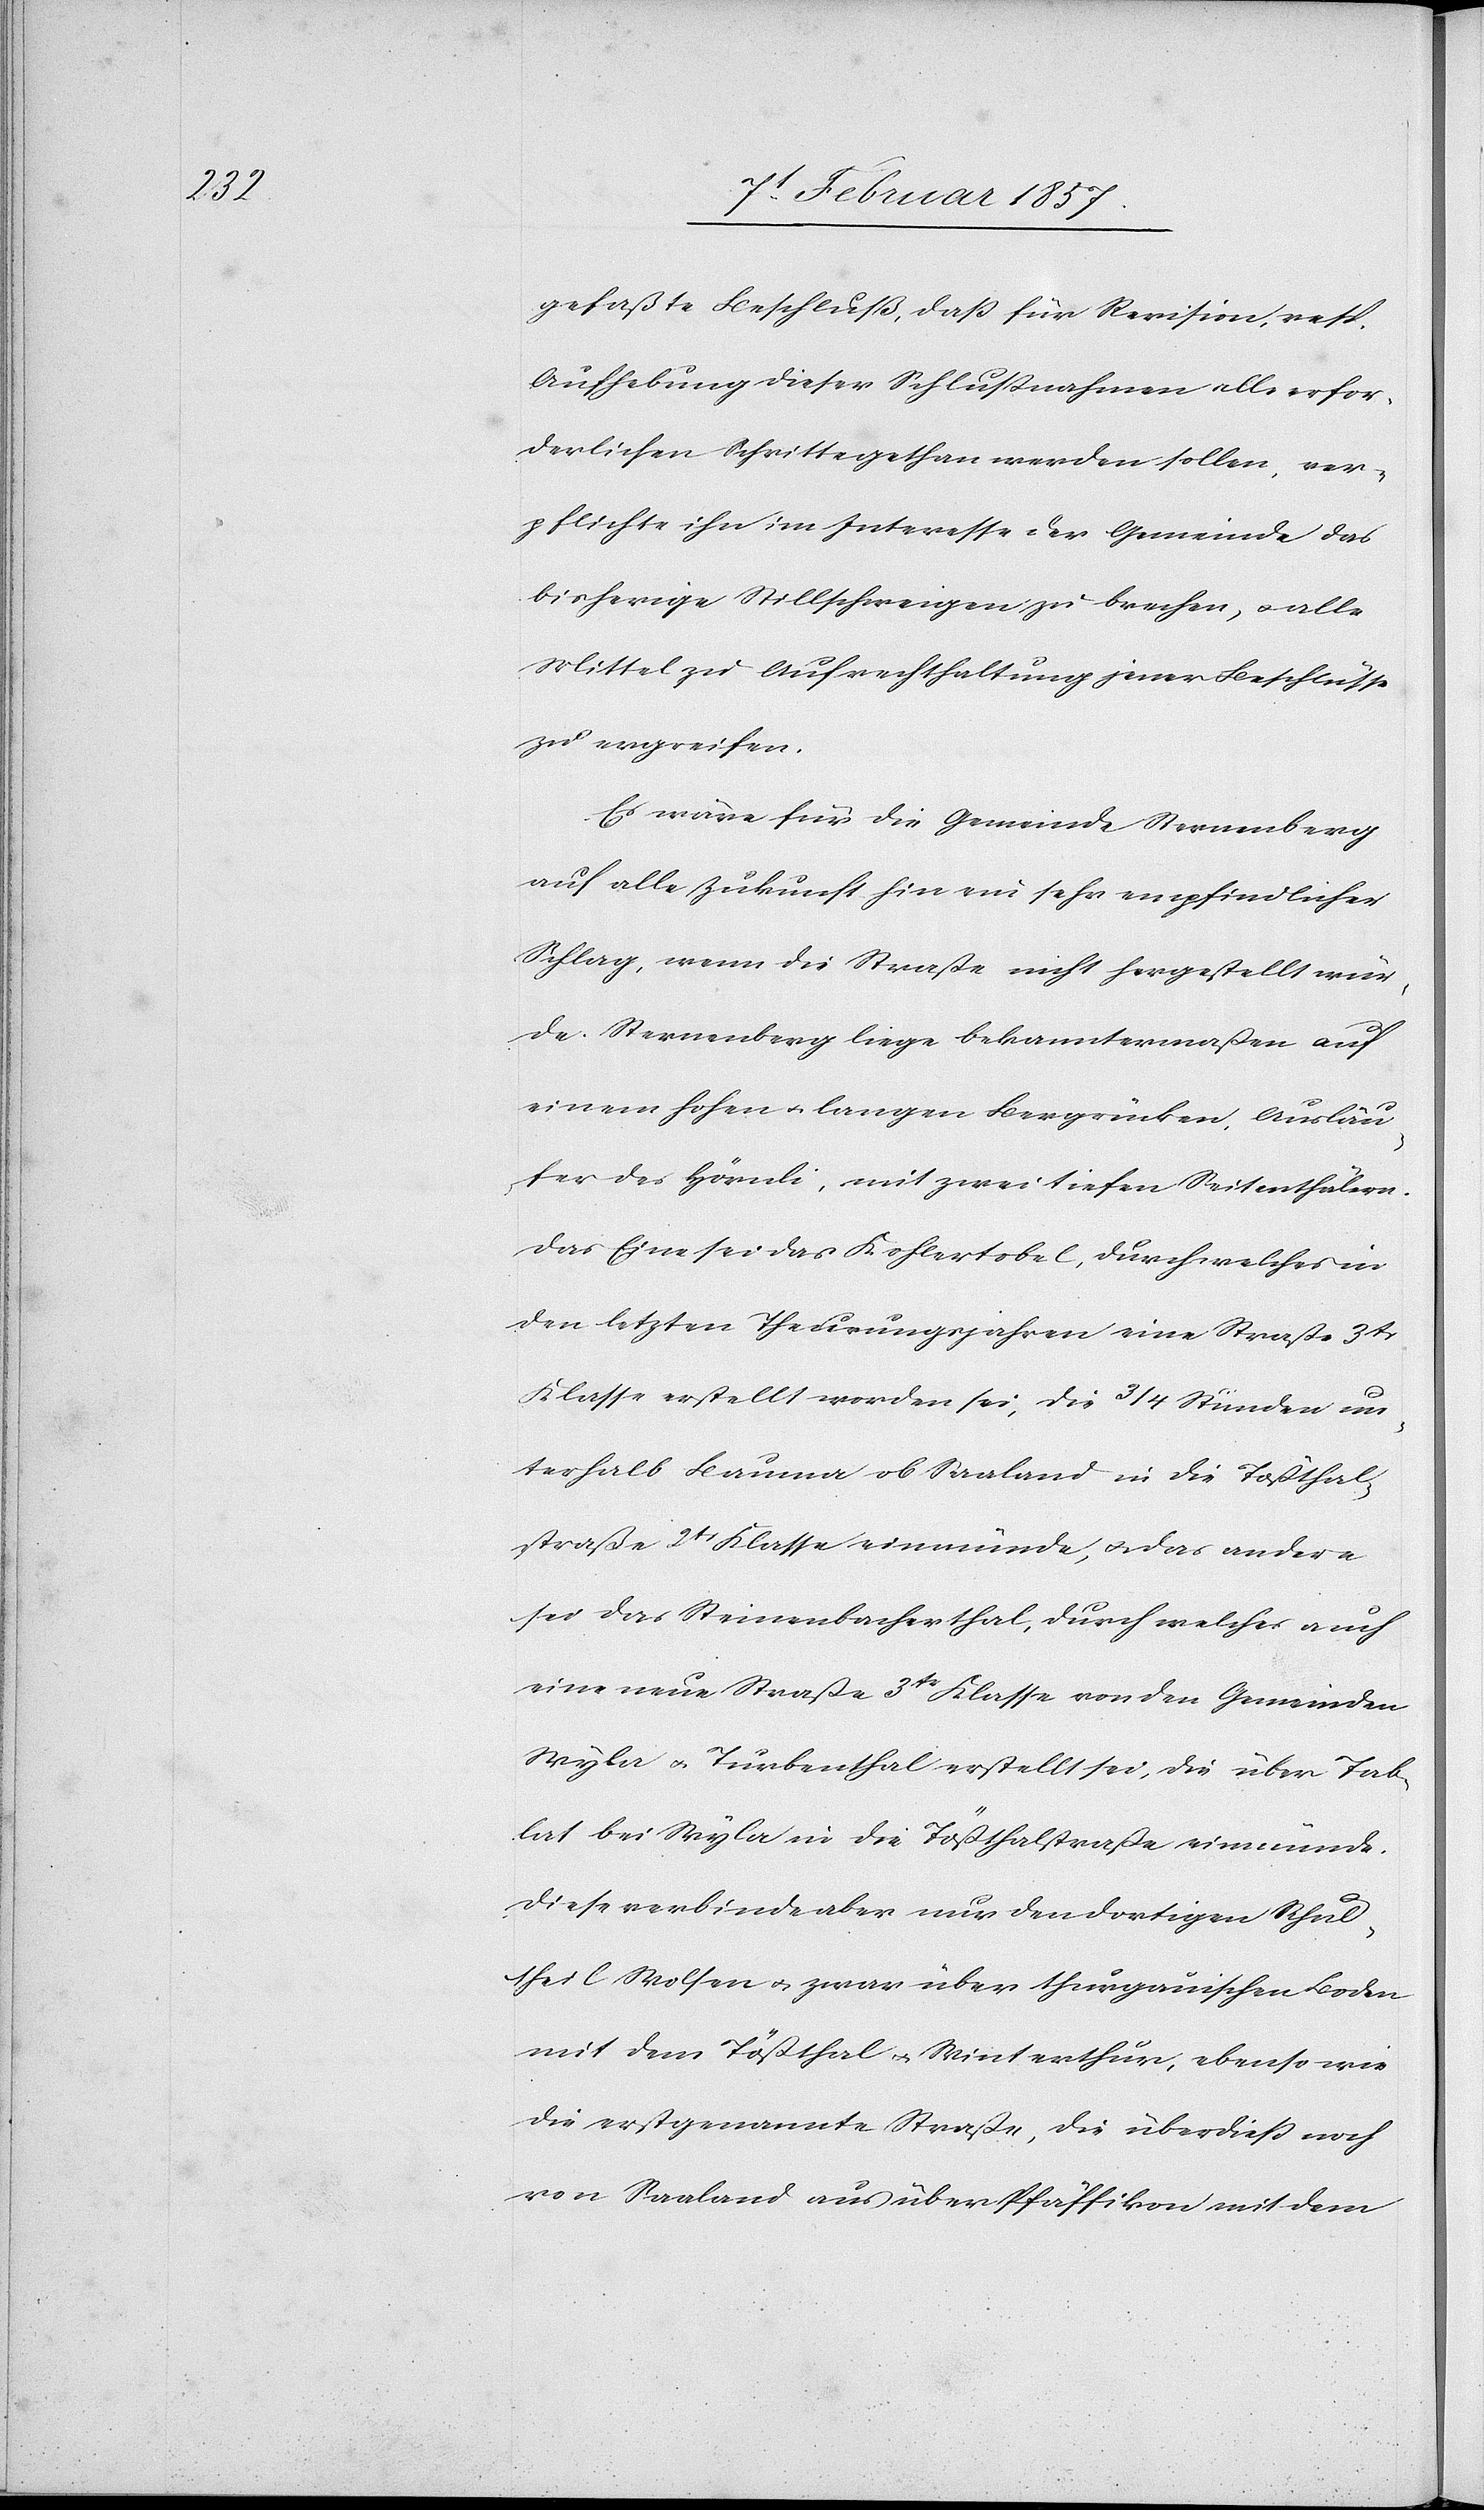
Schul¬

gefaßte Beschluß, daß für Revision, resp.
Aufhebung dieser Schlußnahmen alle erfor¬
derlichen Schritte gethan werden sollen, ver¬
pflichte ihn im Interesse der Gemeinde das
bisherige Stillschweigen zu brechen, u. alle
Mittel zu Aufrechthaltung jener Beschlüsse
zu ergreifen.
Es wäre für die Gemeinde Sternenberg
auf alle Zukunft hin ein sehr empfindlicher
Schlag, wenn die Straße nicht hergestellt wür¬
de. Sternenberg liege bekanntermaßen auf
einem hohen u. langen Bergrücken. Ausläu¬
fer des Hörnli, mit zwei tiefen Seitenthälern.
Das Eine sei das Kohlertobel, durch welches in
den letzten Theurungsjahren eine Straße 3tr
Klasse erstellt worden sei, die 3/4 Stunden un¬
terhalb Bauma ob Saaland in die Tößthal¬
straße 2tr Klasse einmünde, u. das andere
sei das Steinenbacherthal, durch welches auch
eine neue Straße 3tr Klasse von den Gemeinden
Wyla u. Turbenthal erstellt sei, die über Tab¬
lat bei Wyla in die Tößthalstraße einmünde.
Diese verbinde aber nur den dortigen
theil Wolsen u. zwar über thurgauischen Boden
mit dem Tößthal u. Winterthur, ebenso wie
die erstgenannte Straße, die überdieß noch
von Saaland aus über Pfäffikon mit dem